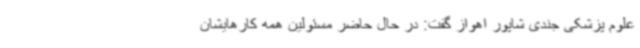
علوم پزشکی جندی شاپور اهواز گفت: در حال حاضر مسئولین همه کارهایشان